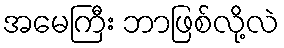
အမေကြီး ဘာဖြစ်လို့လဲ